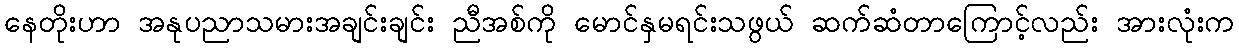
နေတိုးဟာ အနုပညာသမားအချင်းချင်း ညီအစ်ကို မောင်နှမရင်းသဖွယ် ဆက်ဆံတာကြောင့်လည်း အားလုံးက